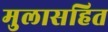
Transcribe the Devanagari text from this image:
मुलासहित